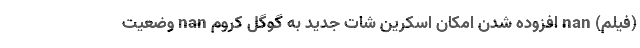
(فیلم) nan افزوده شدن امکان اسکرین شات جدید به گوگل کروم nan وضعیت